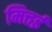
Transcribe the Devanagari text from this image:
मित्तई